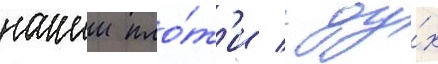
нашеи пло́т'и / ду́х